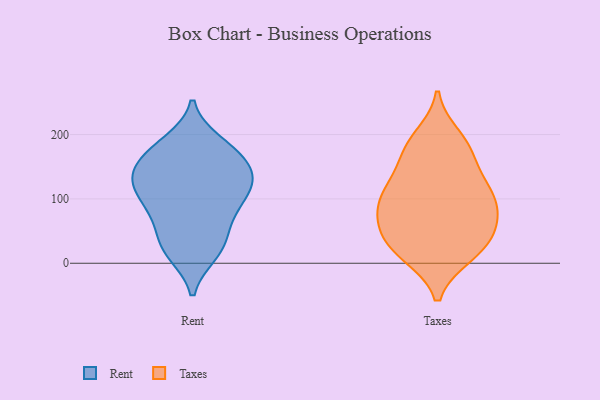
{"axis": {"x": "Conversion Rate (%)", "y": "Value"}, "legend": ["Rent", "Taxes"], "data": [{"x": "", "y": 181, "type": "Rent"}, {"x": "", "y": 89, "type": "Rent"}, {"x": "", "y": 188, "type": "Rent"}, {"x": "", "y": 111, "type": "Rent"}, {"x": "", "y": 130, "type": "Rent"}, {"x": "", "y": 40, "type": "Rent"}, {"x": "", "y": 162, "type": "Rent"}, {"x": "", "y": 18, "type": "Rent"}, {"x": "", "y": 72, "type": "Rent"}, {"x": "", "y": 161, "type": "Rent"}, {"x": "", "y": 106, "type": "Rent"}, {"x": "", "y": 15, "type": "Rent"}, {"x": "", "y": 140, "type": "Rent"}, {"x": "", "y": 127, "type": "Rent"}, {"x": "", "y": 94, "type": "Rent"}, {"x": "", "y": 133, "type": "Rent"}, {"x": "", "y": 60, "type": "Rent"}, {"x": "", "y": 138, "type": "Rent"}, {"x": "", "y": 180, "type": "Rent"}, {"x": "", "y": 22, "type": "Rent"}, {"x": "", "y": 83, "type": "Taxes"}, {"x": "", "y": 83, "type": "Taxes"}, {"x": "", "y": 43, "type": "Taxes"}, {"x": "", "y": 197, "type": "Taxes"}, {"x": "", "y": 17, "type": "Taxes"}, {"x": "", "y": 112, "type": "Taxes"}, {"x": "", "y": 137, "type": "Taxes"}, {"x": "", "y": 173, "type": "Taxes"}, {"x": "", "y": 49, "type": "Taxes"}, {"x": "", "y": 186, "type": "Taxes"}, {"x": "", "y": 73, "type": "Taxes"}, {"x": "", "y": 169, "type": "Taxes"}, {"x": "", "y": 118, "type": "Taxes"}, {"x": "", "y": 61, "type": "Taxes"}, {"x": "", "y": 12, "type": "Taxes"}, {"x": "", "y": 34, "type": "Taxes"}, {"x": "", "y": 12, "type": "Taxes"}, {"x": "", "y": 106, "type": "Taxes"}, {"x": "", "y": 107, "type": "Taxes"}]}